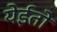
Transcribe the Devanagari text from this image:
येईतो